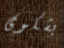
بشكوى